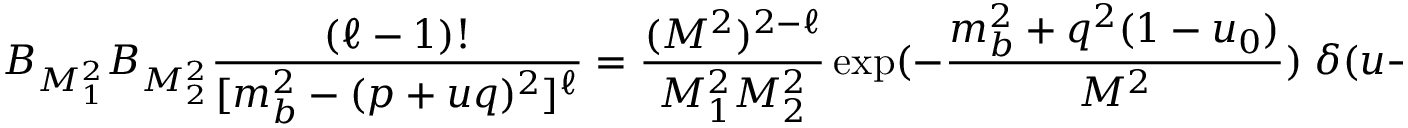
{ \cal B } _ { M _ { 1 } ^ { 2 } } { \cal B } _ { M _ { 2 } ^ { 2 } } { \frac { ( \ell - 1 ) ! } { [ m _ { b } ^ { 2 } - ( p + u q ) ^ { 2 } ] ^ { \ell } } } = { \frac { ( M ^ { 2 } ) ^ { 2 - \ell } } { M _ { 1 } ^ { 2 } M _ { 2 } ^ { 2 } } } \exp ( - { \frac { m _ { b } ^ { 2 } + q ^ { 2 } ( 1 - u _ { 0 } ) } { M ^ { 2 } } } ) \; \delta ( u - u _ { 0 } )